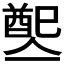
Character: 𨡡